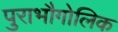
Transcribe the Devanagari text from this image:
पुराभौगोलिक